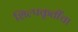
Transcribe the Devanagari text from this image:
शिल्पकृतींचा